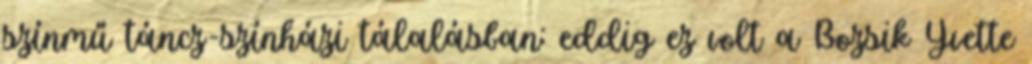
színmű táncz-színházi tálalásban: eddig ez volt a Bozsik Yvette